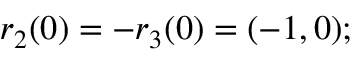
r _ { 2 } ( 0 ) = - r _ { 3 } ( 0 ) = ( - 1 , 0 ) ;